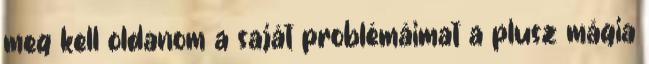
meg kell oldanom a saját problémáimat a plusz mágia